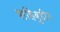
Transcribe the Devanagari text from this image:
शहिबुद्दीन